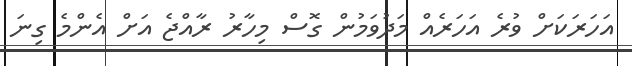
އަހަރަކަށް ވުރެ އަހަރެއް މަދުވަމުން ގޮސް މިހާރު ރާއްޖެ އަށް އެންމެ ގިނަ